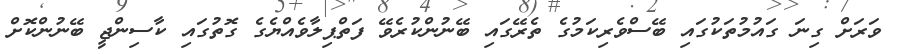
ވަރަށް ގިނަ ގައުމުތަކުގައި ބޭސްވެރިކަމުގެ ތެރޭގައި ބޭނުންކުރެވޭ ފަތްޕިލާވެއްޔެގެ ގޮތުގައި ކާސިންޖީ ބޭނުންކޮށް